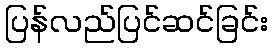
ပြန်လည်ပြင်ဆင်ခြင်း